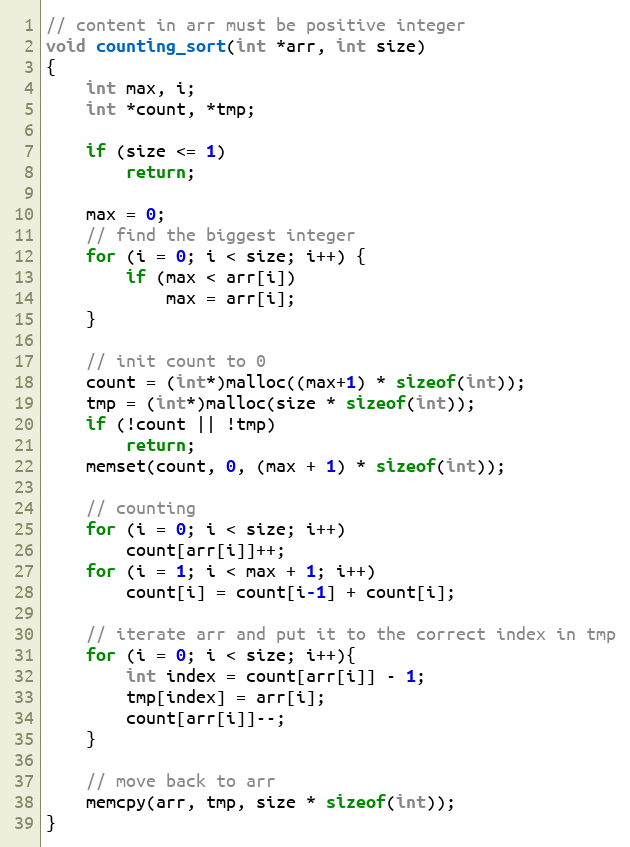
Language: C
// content in arr must be positive integer
void counting_sort(int *arr, int size)
{
	int max, i;
	int *count, *tmp;

	if (size <= 1)
		return;

	max = 0;
	// find the biggest integer
	for (i = 0; i < size; i++) {
		if (max < arr[i])
			max = arr[i];
	}

	// init count to 0
	count = (int*)malloc((max+1) * sizeof(int));
	tmp = (int*)malloc(size * sizeof(int));
	if (!count || !tmp)
		return;
	memset(count, 0, (max + 1) * sizeof(int));

	// counting
	for (i = 0; i < size; i++)
		count[arr[i]]++;
	for (i = 1; i < max + 1; i++)
		count[i] = count[i-1] + count[i];

	// iterate arr and put it to the correct index in tmp
	for (i = 0; i < size; i++){
		int index = count[arr[i]] - 1;
		tmp[index] = arr[i];
		count[arr[i]]--;
	}

	// move back to arr
	memcpy(arr, tmp, size * sizeof(int));
}